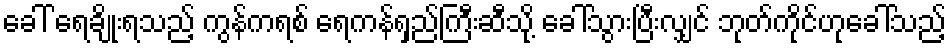
ခေါ် ရေချိုးရသည့် ကွန်ကရစ် ရေကန်ရှည်ကြီးဆီသို့ ခေါ်သွားပြီးလျှင် ဘုတ်ကိုင်ဟုခေါ်သည့်